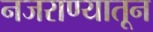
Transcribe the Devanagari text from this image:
नजराण्यातून